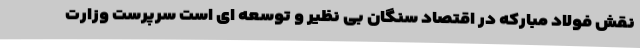
نقش فولاد مبارکه در اقتصاد سنگان بی نظیر و توسعه ای است سرپرست وزارت